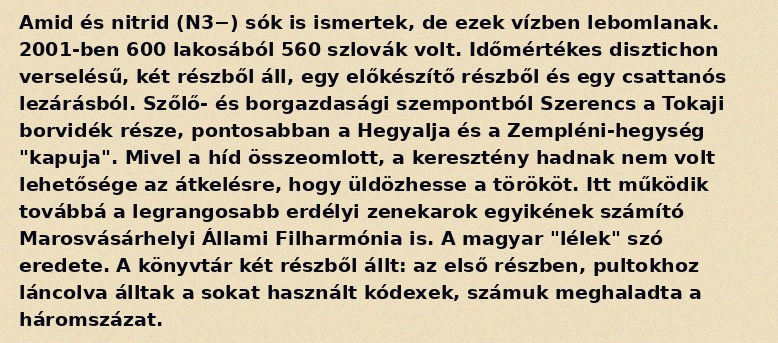
Amid és nitrid (N3−) sók is ismertek, de ezek vízben lebomlanak. 2001-ben 600 lakosából 560 szlovák volt. Időmértékes disztichon verselésű, két részből áll, egy előkészítő részből és egy csattanós lezárásból. Szőlő- és borgazdasági szempontból Szerencs a Tokaji borvidék része, pontosabban a Hegyalja és a Zempléni-hegység "kapuja". Mivel a híd összeomlott, a keresztény hadnak nem volt lehetősége az átkelésre, hogy üldözhesse a törököt. Itt működik továbbá a legrangosabb erdélyi zenekarok egyikének számító Marosvásárhelyi Állami Filharmónia is. A magyar "lélek" szó eredete. A könyvtár két részből állt: az első részben, pultokhoz láncolva álltak a sokat használt kódexek, számuk meghaladta a háromszázat.